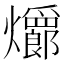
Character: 𪺆